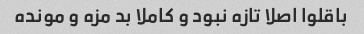
باقلوا اصلا تازه نبود و کاملا بد مزه و مونده